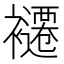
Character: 𮖽